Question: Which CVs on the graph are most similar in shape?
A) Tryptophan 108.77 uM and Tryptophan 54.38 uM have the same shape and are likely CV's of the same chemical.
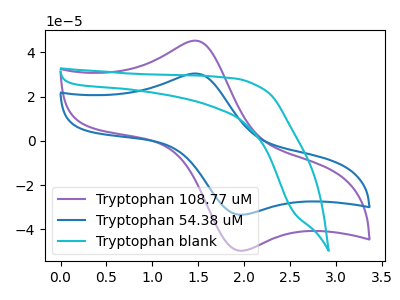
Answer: <think>The purple curve "Tryptophan 108.77 uM" has an anodic peak at (1.45V, 45.30uA) and a cathodic peak at (1.95V, -49.65uA). The blue curve "Tryptophan 54.38 uM" has an anodic peak at (1.45V, 30.45uA) and a cathodic peak at (1.95V, -33.35uA). The cyan curve "Tryptophan blank" has no peaks.
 All the peaks in "Tryptophan 108.77 uM" have a peak in "Tryptophan 54.38 uM" at the same potential. Every peak in "Tryptophan 108.77 uM" is higher than every peak in "Tryptophan 54.38 uM". "Tryptophan 108.77 uM" and "Tryptophan blank" have a different number of peaks. "Tryptophan 54.38 uM" and "Tryptophan blank" have a different number of peaks.</think>
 <answer>A) "Tryptophan 108.77 uM" and "Tryptophan 54.38 uM" have the same shape and are likely CV's of the same chemical.</answer>
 <eval>A</eval>